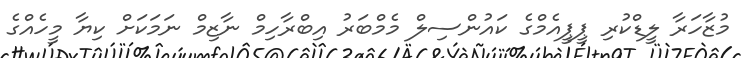
މުޒާހަރާ ލީޑްކުރި ޕީޕީއެމްގެ ކައުންސިލް މެމްބަރު އިބްރާހިމް ނާޒިމް ނަމަކަށް ކިޔާ މީހެއްގެ